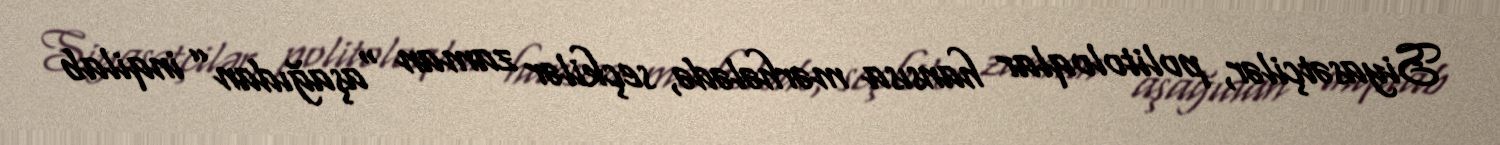
Siyasətçilər, politoloqlar hansısa mərhələdə, seçkilər zaman “aşağıdan” inqilab